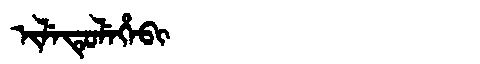
Manchu: ᡳᠯᡝᡨᡠᠯᡝᡥᡝᠪᡳ
Romanization: ILETULEHEBI